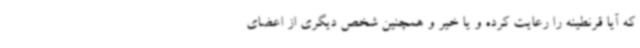
که آیا قرنطینه را رعایت کرده و یا خیر و همچنین شخص دیگری از اعضای